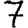
Digit: 7